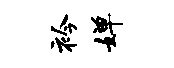
衿婵